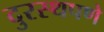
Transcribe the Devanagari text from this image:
दुरस्थपणे